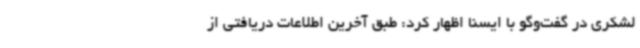
لشکری در گفت‌وگو با ایسنا اظهار کرد: طبق آخرین اطلاعات دریافتی از